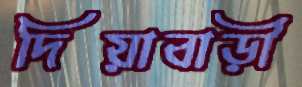
দিয়াবাড়ী